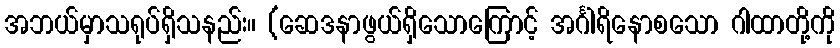
အဘယ်မှာသရုပ်ရှိသနည်း။ (ဆေဒနာဖွယ်ရှိသောကြောင့် အင်္ဂါရိနောစသော ဂါထာတို့ကို